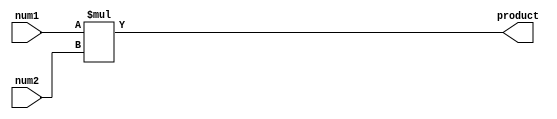
module signed_multiplier (
    input signed [7:0] num1,
    input signed [7:0] num2,
    output signed [15:0] product
);

reg signed [15:0] product_reg;

always @(*) begin
    product_reg = num1 * num2;
end

assign product = product_reg;

endmodule